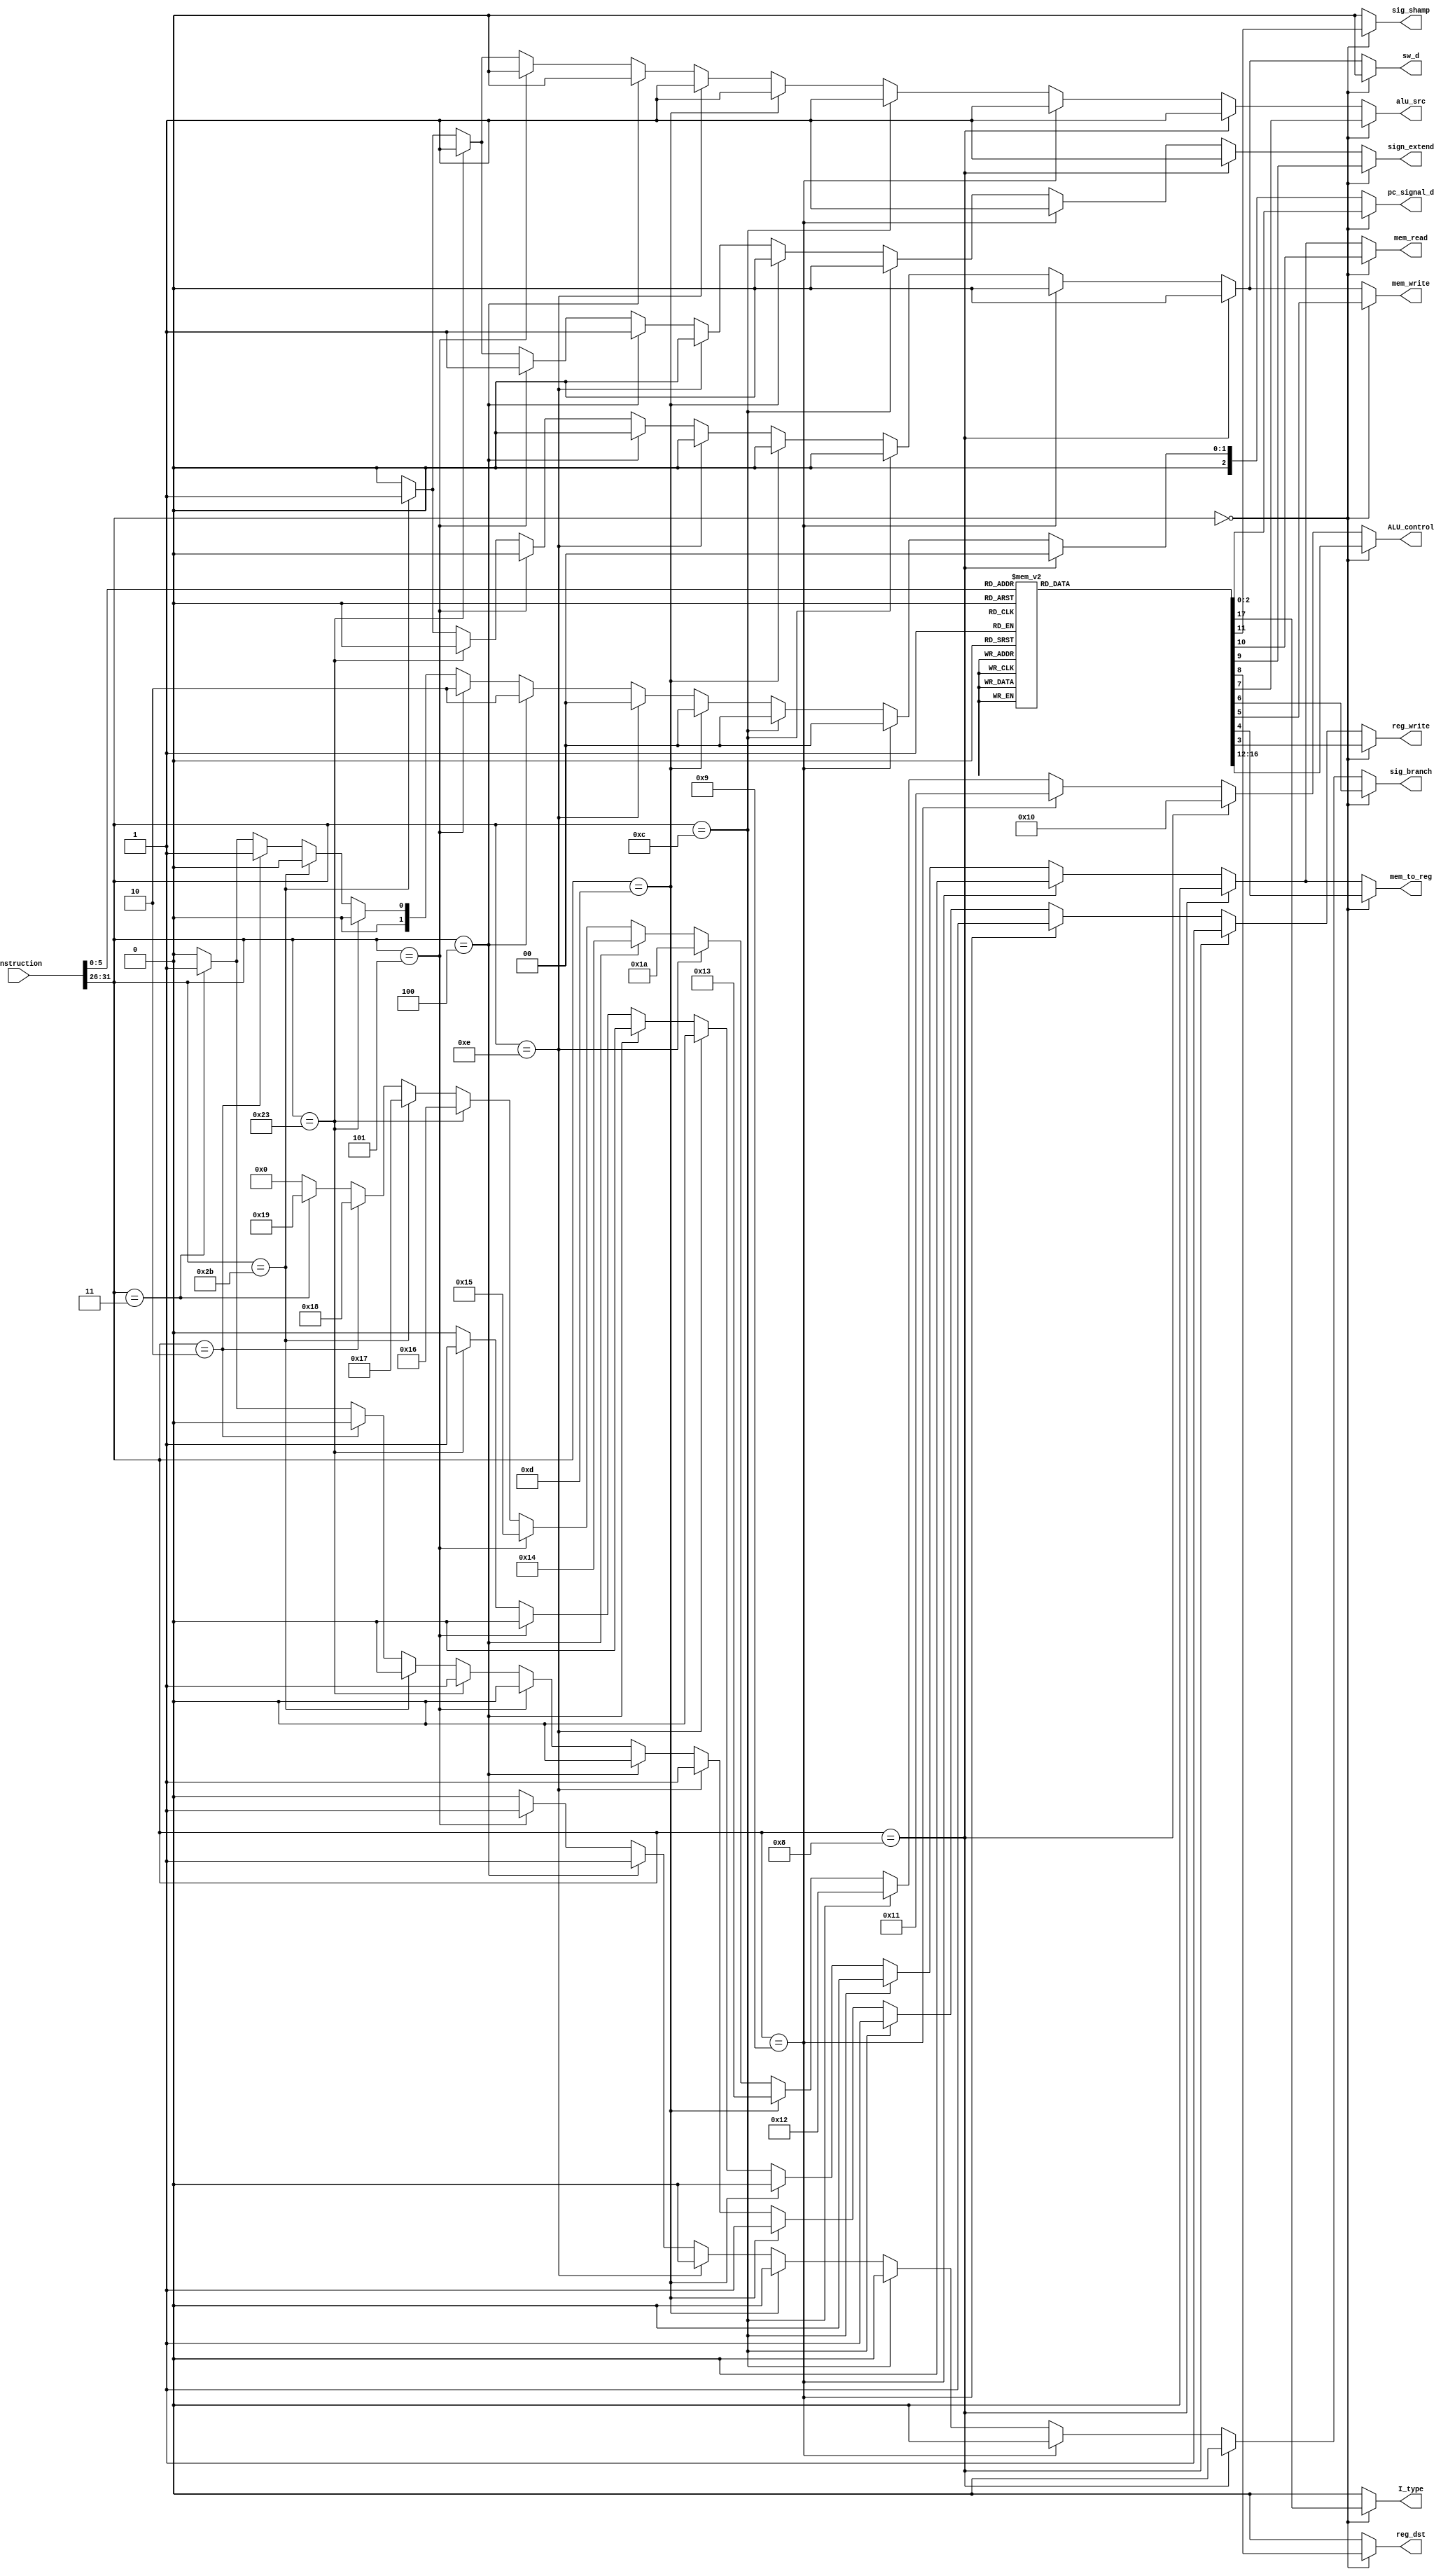
module control_unit(
input [31:0] instruction,
output reg[4:0] ALU_control,
output reg reg_write,mem_to_reg,mem_write,sig_branch,alu_src, sw_d,
output reg reg_dst,sign_extend, mem_read, sig_shamp, I_type,
output reg[2:0] pc_signal_d
);

localparam 
    ADD = 0,
    ADDU = 1,
    SUB = 2,
    SUBU = 3,
    AND = 4,
    NOR = 5,
    OR = 6,
    XOR = 7,
    SLL = 8,
    SLLV = 9,
    SRL = 10,
    SRLV = 11,
    SRA = 12,
    SRAV = 13,
    SLT = 14,
    JR = 15,
    ADDI = 16,
    ADDIU = 17,
    ANDI = 18,
    ORI = 19,
    BEQ = 20,
    BNE = 21,
    LW = 22,
    SW = 23,
    J = 24,
    JAL = 25,
    XORI = 26;

reg ALUSrc1,ALUSrc2; // ALUSrc1 is used to select SrcBE, ALUSrc2 is used to select SrcAE

reg[5:0] op_code, function_code;

// initial begin
//     op_code = instruction[31:26];
//     function_code = instruction[5:0];
// end

always @(*) begin
    op_code = instruction[31:26];
    function_code = instruction[5:0];
    sig_shamp = 0;
    reg_write = 0;
    mem_to_reg = 0;
    mem_write = 0;
    sig_branch = 0;
    sign_extend = 0;
    alu_src = 0; //0:use RD2E, 1:use immediate
    reg_dst = 0; //0:use rt as destination, 1:use rd
    ALU_control = 5'b00000;
    pc_signal_d = 3'b000;
    mem_read = 0;
    I_type = 0;
    sw_d = 0;
    if (op_code == 6'b000000) begin
        case(function_code)
            6'b100000:begin //add
                reg_write = 1;
                mem_to_reg = 0;
                mem_write = 0;
                sig_branch = 0;
                alu_src = 0;
                reg_dst = 1;
                sign_extend = 0;
                mem_read = 0;
                sig_shamp = 0;
                ALU_control = ADD;
                I_type = 1;
            end
            6'b100001:begin //addu
                reg_write = 1;
                mem_to_reg = 0;
                mem_write = 0;
                alu_src = 0;
                reg_dst = 1;
                sig_branch = 0;
                sign_extend = 0;
                mem_read = 0;
                sig_shamp = 0;
                ALU_control = ADDU;
                I_type = 1;
            end
            6'b100010:begin //sub
                reg_write = 1;
                mem_to_reg = 0;
                mem_write = 0;
                alu_src = 0;
                reg_dst = 1;
                sig_branch = 0;
                sign_extend = 0;
                mem_read = 0;
                sig_shamp = 0;
                ALU_control = SUB;
                I_type = 1;
            end
            6'b100011:begin //subu
                reg_write = 1;
                mem_to_reg = 0;
                mem_write = 0;
                alu_src = 0;
                reg_dst = 1;
                sig_branch = 0;
                sign_extend = 0;
                mem_read = 0;
                sig_shamp = 0;
                ALU_control = SUBU;
                I_type = 1;
            end
            6'b100100:begin //and
                reg_write = 1;
                mem_to_reg = 0;
                mem_write = 0;
                alu_src = 0;
                reg_dst = 1;
                sig_branch = 0;
                sign_extend = 0;
                mem_read = 0;
                sig_shamp = 0;
                ALU_control = AND;
                I_type = 1;
            end
            6'b100111:begin //nor
                reg_write = 1;
                mem_to_reg = 0;
                mem_write = 0;
                alu_src = 0;
                reg_dst = 1;
                sig_branch = 0;
                sign_extend = 0;
                mem_read = 0;
                sig_shamp = 0;
                ALU_control = NOR;
                I_type = 1;
            end
            6'b100101:begin //or
                reg_write = 1;
                mem_to_reg = 0;
                mem_write = 0;
                alu_src = 0;
                reg_dst = 1;
                sig_branch = 0;
                sign_extend = 0;
                mem_read = 0;
                sig_shamp = 0;
                ALU_control = OR;
                I_type = 1;
            end
            6'b100110:begin //xor
                reg_write = 1;
                mem_to_reg = 0;
                mem_write = 0;
                alu_src = 0;
                reg_dst = 1;
                sig_branch = 0;
                sign_extend = 0;
                mem_read = 0;
                sig_shamp = 0;
                I_type = 1;
                ALU_control = XOR;
            end
            6'b000000:begin //sll
                reg_write = 1;
                mem_to_reg = 0;
                mem_write = 0;
                alu_src = 0;
                reg_dst = 1;
                sig_branch = 0;
                sign_extend = 0;
                mem_read = 0;
                sig_shamp = 1;
                I_type = 1;
                ALU_control = SLL;
            end
            6'b000100:begin //sllv
                reg_write = 1;
                mem_to_reg = 0;
                mem_write = 0;
                alu_src = 0;
                reg_dst = 1;
                sig_branch = 0;
                sign_extend = 0;
                mem_read = 0;
                sig_shamp = 0;
                I_type = 1;
                ALU_control = SLLV;
            end
            6'b000010:begin //srl
                reg_write = 1;
                mem_to_reg = 0;
                mem_write = 0;
                alu_src = 0;
                reg_dst = 1;
                sig_branch = 0;
                sign_extend = 0;
                mem_read = 0;
                sig_shamp = 1;
                I_type = 1;
                ALU_control = SRL;
            end
            6'b000110:begin//srlv
                reg_write = 1;
                mem_to_reg = 0;
                mem_write = 0;
                alu_src = 0;
                reg_dst = 1;
                sig_branch = 0;
                sign_extend = 0;
                mem_read = 0;
                I_type = 1;
                ALU_control = SRLV;
            end
            6'b000011:begin//sra
                reg_write = 1;
                mem_to_reg = 0;
                mem_write = 0;
                alu_src = 0;
                reg_dst = 1;
                sig_branch = 0;
                sign_extend = 0;
                mem_read = 0;
                sig_shamp = 1;
                I_type = 1;
                ALU_control = SRA;
            end
            6'b000111:begin//srav
                reg_write = 1;
                mem_to_reg = 0;
                mem_write = 0;
                alu_src = 0;
                reg_dst = 1;
                sig_branch = 0;
                sign_extend = 0;
                mem_read = 0;
                I_type = 1;
                ALU_control = SRAV;
            end
            6'b101010: begin//slt
                reg_write = 1;
                mem_to_reg = 0;
                mem_write = 0;
                alu_src = 0;
                reg_dst = 1;
                sig_branch = 0;
                sign_extend = 0;
                mem_read = 0;
                I_type = 1;
                ALU_control = SLT;
            end
            6'b001000: begin//jr
                reg_write = 0;
                mem_to_reg = 0;
                mem_write = 0;
                alu_src = 0;
                reg_dst = 1;
                sig_branch = 0;
                sign_extend = 0;
                mem_read = 0;
                ALU_control = JR;
                I_type = 1;
                pc_signal_d = 3'b011;
            end
        
        endcase      
    end

    else if (op_code == 6'b001000) begin   //addi: rssign_immrt
        reg_write = 1;
        mem_to_reg = 0;
        mem_write = 0;
        alu_src = 1;    //immediate
        reg_dst = 0;    //rt
        sig_branch = 0;
        sign_extend = 1;
        mem_read = 0;
        ALU_control = ADDI;
        I_type = 0;
    end

    else if (op_code == 6'b001001) begin   //addiu: rssign_immrt
        reg_write = 1;
        mem_to_reg = 0;
        mem_write = 0;
        alu_src = 1;    //immediate
        reg_dst = 0;    //rt
        sig_branch = 0;
        sign_extend = 1;
        mem_read = 0;
        ALU_control = ADDIU;
        I_type = 0;
    end

    else if (op_code == 6'b001100) begin   //andi: rsunsign_immrt
        reg_write = 1;
        mem_to_reg = 0;
        mem_write = 0;
        alu_src = 1;    //immediate
        reg_dst = 0;    //rt
        sig_branch = 0;
        mem_read = 0;
        sign_extend = 0;
        I_type = 0;
        ALU_control = ANDI;
    end

    else if (op_code == 6'b001101) begin   //ori: rsunsign_immrt
        reg_write = 1;
        mem_to_reg = 0;
        mem_write = 0;
        alu_src = 1;    //immediate
        reg_dst = 0;    //rt
        sig_branch = 0;
        mem_read = 0;
        sign_extend = 0;
        I_type = 0;
        ALU_control = ORI;
    end

    else if (op_code == 6'b001110) begin   //xori: rsunsign_immrt
        reg_write = 1;
        mem_to_reg = 0;
        mem_write = 0;
        alu_src = 1;    //immediate
        reg_dst = 0;    //rt
        sig_branch = 0;
        sign_extend = 0;
        mem_read = 0;
        I_type = 0;
        ALU_control = XORI;
    end

    else if (op_code == 6'b000100) begin   //beq
        reg_write = 0;
        mem_to_reg = 0;
        mem_write = 0;
        sig_branch = 1;
        alu_src = 0;    
        reg_dst = 0;   
        sign_extend = 1;
        mem_read = 0;
        ALU_control = BEQ;
        I_type = 0;
        pc_signal_d = 3'b010;
    end

    else if (op_code == 6'b000101) begin   //bne
        reg_write = 0;
        mem_to_reg = 0;
        mem_write = 0;
        sig_branch = 1;
        alu_src = 0;    
        reg_dst = 0;   
        sign_extend = 1; 
        mem_read = 0;
        I_type = 0;
        pc_signal_d = 3'b010;
        ALU_control = BNE;
    end


    else if (op_code == 6'b100011) begin     //lw
        // $display("hello10");
        reg_write = 1;
        mem_to_reg = 1;
        mem_write = 0;
        sig_branch = 0;
        alu_src = 1;    
        reg_dst = 0;    //rt
        sign_extend = 1;
        mem_read = 1;
        I_type = 0;
        ALU_control = LW;
    end

    else if (op_code == 6'b101011) begin  //sw:save the word from register rt at address
        reg_write = 0;
        mem_to_reg = 0;//
        mem_write = 1;
        sig_branch = 0;
        alu_src = 1;    
        reg_dst = 0;    //rt
        sign_extend = 1;
        mem_read = 0;
        I_type = 0;
        ALU_control = SW;
        sw_d = 1;
    end

    else if (op_code == 6'b000010) begin     //j
        reg_write = 0;
        mem_to_reg = 0;
        mem_write = 0;
        sig_branch = 0;
        alu_src = 0;    
        reg_dst = 0;    //rt
        pc_signal_d = 3'b001;
        I_type = 0;
        ALU_control = J;
    end

    else if (op_code == 6'b000011) begin     //jal
        reg_write = 1;  //$ra
        mem_to_reg = 0;
        mem_write = 0;
        sig_branch = 0;
        alu_src = 0;    
        reg_dst = 0;   
        pc_signal_d = 3'b001;
        I_type = 0;
        ALU_control = JAL;
    end

end

endmodule